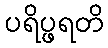
ပရိပ္ဖရတိ